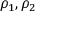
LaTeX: \rho _ { 1 } , \rho _ { 2 }